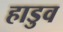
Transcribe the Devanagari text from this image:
हाडुव